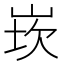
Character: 崁